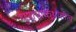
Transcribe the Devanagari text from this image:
पुराणकथांतील